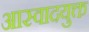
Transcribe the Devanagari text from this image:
आस्वादयुक्त